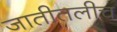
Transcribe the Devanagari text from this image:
जातीतलीच